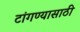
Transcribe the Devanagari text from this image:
टांगण्यासाठी